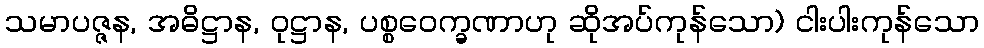
သမာပဇ္ဇန, အဓိဋ္ဌာန, ဝုဋ္ဌာန, ပစ္စဝေက္ခဏာဟု ဆိုအပ်ကုန်သော) ငါးပါးကုန်သော